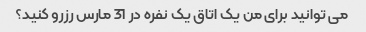
می توانید برای من یک اتاق یک نفره در 31 مارس رزرو کنید؟